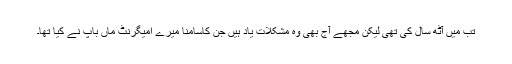
تب میں آٹھ سال کی تھی لیکن مجھے آج بھی وہ مشکلات یاد ہیں جن کاسامنا میرے امیگرنٹ ماں باپ نے کیا تھا۔